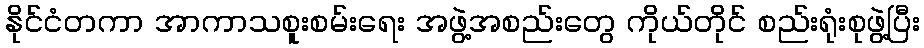
နိုင်ငံတကာ အာကာသစူးစမ်းရေး အဖွဲ့အစည်းတွေ ကိုယ်တိုင် စည်းရုံးစုဖွဲ့ပြီး